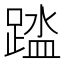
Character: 𫏘